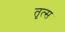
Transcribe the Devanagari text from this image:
तृत्स